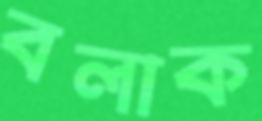
বলাক